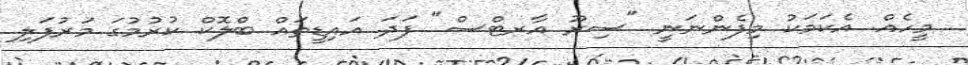
މީހެއް. އެކަމަކު މިފެންނަނީ "ސިރޫ އާރޓްސް" ފަދަ އައިޑީތައް ބްލޮކް ކުރުމުގަ މަރުފަލި